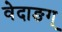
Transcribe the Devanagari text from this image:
वेदाङग्